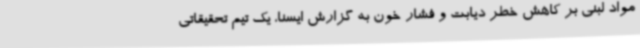
مواد لبنی بر کاهش خطر دیابت و فشار خون به گزارش ایسنا، یک تیم تحقیقاتی